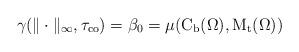
LaTeX: \begin{align*} \gamma(\|\cdot\|_{\infty},\tau_{\operatorname{co}})=\beta_{0}=\mu(\mathrm{C}_{\operatorname{b}}(\Omega),\mathrm{M}_{\operatorname{t}}(\Omega))\end{align*}